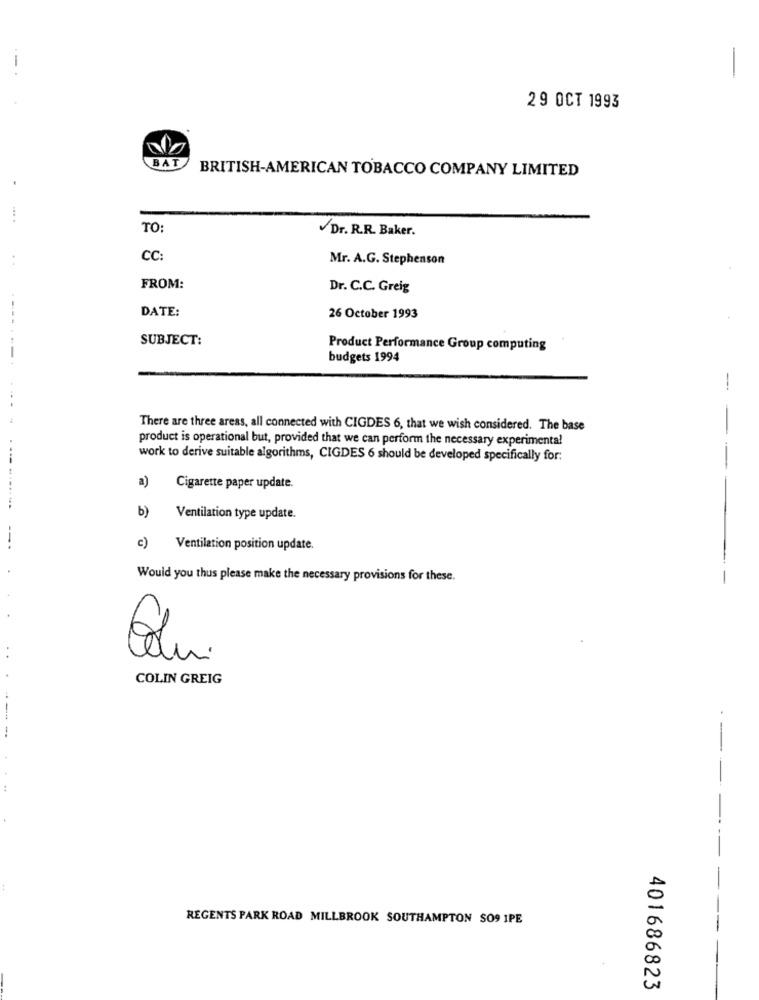
-
29 OCT 1993
BAT
BRITISH-AMERICAN TOBACCO COMPANY LIMITED
....
TO:
Dr. R.R. Baker.
CC
Mr. A.G. Stephenson
FROM:
Dr. C.C. Greig
DATE:
26 October 1993
SUBJECT:
Product Performance Group computing
budgets 1994
-
There are three areas, all connected with CIGDES 6, that we wish considered. The base
product is operational but, provided that we can perform the necessary experimental
work to derive suitable algorithms, CIGDES 6 should be developed specifically for:
a)
Cigarette paper update.
---
b)
Ventilation type update.
c) Ventilation position update.
Would you thus please make the necessary provisions for these.
--
uni
COLIN GREIG
--
--
REGENTS PARK ROAD MILLBROOK SOUTHAMPTON SO9 IPE
401686823